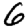
Digit: 6